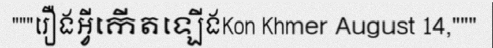
"""រឿងអ្វីកើតឡើងKon Khmer August 14,"""